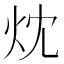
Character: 㶩